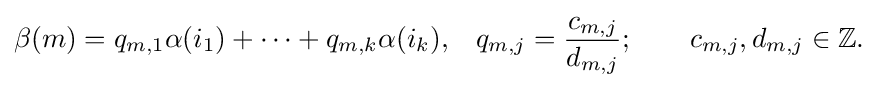
{\begin{aligned}\beta (m)=q_{m,1}\alpha (i_{1})+\cdots +q_{m,k}\alpha (i_{k}),&&q_{m,j}={\frac {c_{m,j}}{d_{m,j}}};\qquad c_{m,j},d_{m,j}\in \mathbb {Z} .\end{aligned}}